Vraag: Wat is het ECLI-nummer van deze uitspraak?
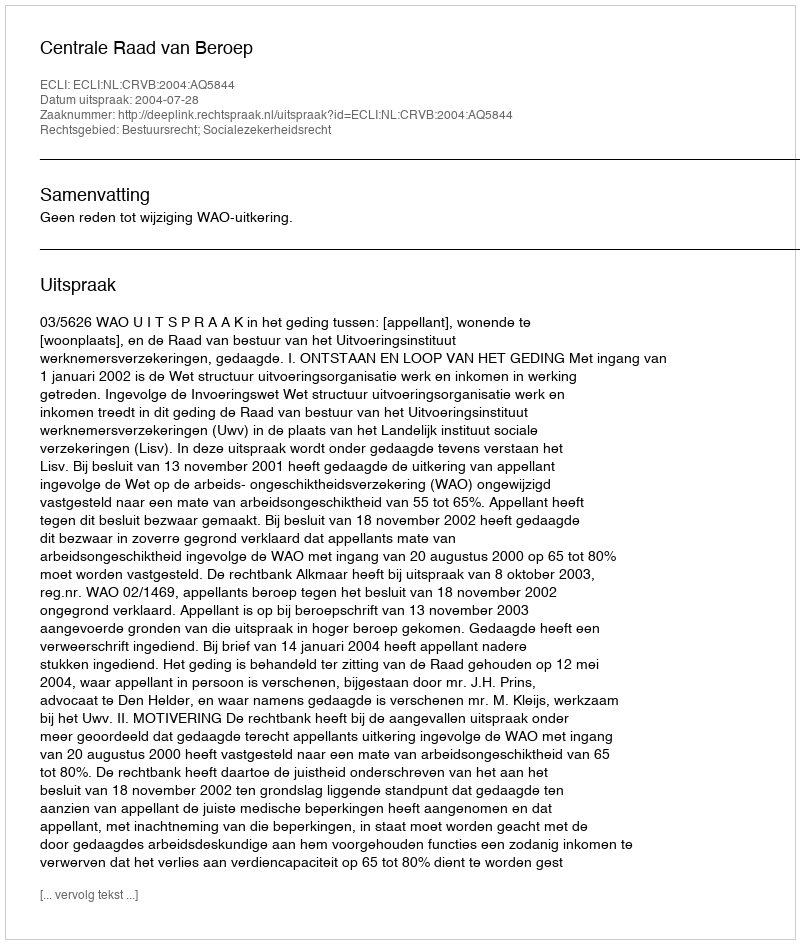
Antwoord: ECLI:NL:CRVB:2004:AQ5844